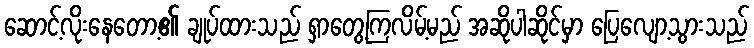
ဆောင့်လိုးနေတော့၏ ချုပ်ထားသည် ရှာတွေ့ကြလိမ့်မည် အဆိုပါဆိုင်မှာ ပြေလျော့သွားသည်